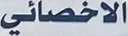
الاخصائي